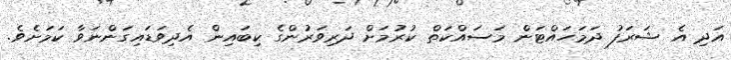
އަދި އެ ޝަރަފު ދަމަހައްޓަން މަސައްކަތް ކުރުމަށް ދަރިވަރުންގެ ކިބައިން އެދިވަޑައިގަންނަވާ ކަމަށެވެ.